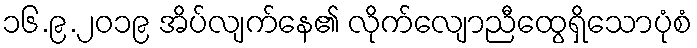
၁၆.၉.၂၀၁၉ အိပ်လျက်နေ၏ လိုက်လျောညီထွေရှိသောပုံစံ